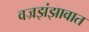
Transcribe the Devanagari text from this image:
वज्रझंझावात